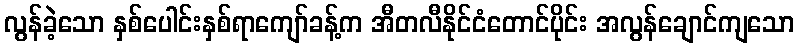
လွန်ခဲ့သော နှစ်ပေါင်းနှစ်ရာကျော်ခန့်က အီတလီနိုင်ငံတောင်ပိုင်း အလွန်ချောင်ကျသော